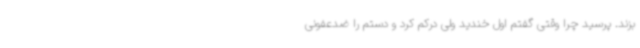
بزند. پرسید چرا وقتی گفتم اول خندید ولی درکم کرد و دستم را ضدعفونی